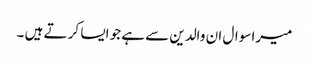
میرا سوال ان والدین سے ہے جو ایسا کر تے ہیں ۔